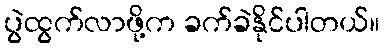
ပွဲထွက်လာဖို့က ခက်ခဲနိုင်ပါတယ်။